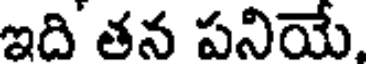
ఇది తన పనియే.